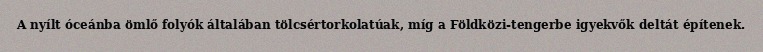
A nyílt óceánba ömlő folyók általában tölcsértorkolatúak, míg a Földközi-tengerbe igyekvők deltát építenek.